Annual administration report of the Civil Veterinary Department of India - 1894-1895
Year: 1894
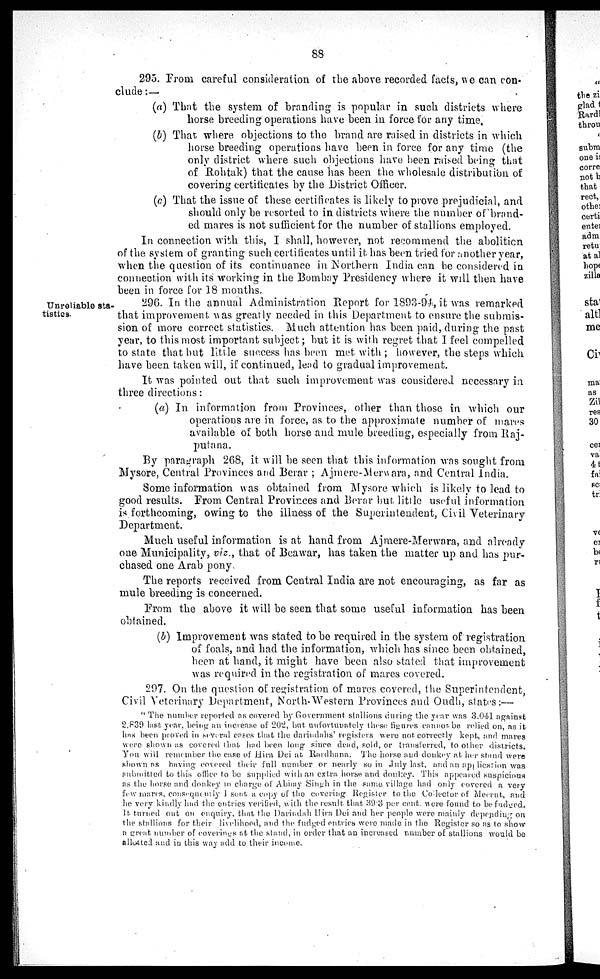
88
295. From careful consideration of the above recorded facts, we can con-
clude :—
(a) That the system of branding is popular in such districts where
horse breeding operations have been in force for any time.
(b) That where objections to the brand are raised in districts in which
horse breeding operations have been in force for any time (the
only district where such objections have been raised being that
of Rohtak) that the cause has been the wholesale distribution of
covering certificates by the District Officer.
(c) That the issue of these certificates is likely to prove prejudicial, and
should only be resorted to in districts where the number of brand-
ed mares is not sufficient for the number of stallions employed.
In connection with this, I shall, however, not recommend the abolition
of the system of granting such certificates until it has been tried for another year,
when the question of its continuance in Northern India can be considered in
connection with its working in the Bombay Presidency where it will then have
been in force for 18 months.
Unreliable sta-
tistics.
296. In the annual Administration Report for 1893-94, it was remarked
that improvement was greatly needed in this Department to ensure the submis-
sion of more correct statistics. Much attention has been paid, during the past
year, to this most important subject; but it is with regret that I feel compelled
to state that but little success has been met with ; however, the steps which
have been taken will, if continued, lead to gradual improvement.
It was pointed out that such improvement was considered necessary in
three directions:
(a) In information from Provinces, other than those in which our
operations are in force, as to the approximate number of mares
available of both horse and mule breeding, especially from Raj-
putana.
By paragraph 268, it will be seen that this information was sought from
Mysore, Central Provinces and Berar ; Ajmere-Merwara, and Central India.
Some information was obtained from Mysore which is likely to lead to
good results. From Central Provinces and Berar but little useful information
is forthcoming, owing to the illness of the Superintendent, Civil Veterinary
Department.
Much useful information is at hand from Ajmere-Merwara, and already
one Municipality, viz., that of Beawar, has taken the matter up and has pur-
chased one Arab pony
The reports received from Central India are not encouraging, as far as
mule breeding is concerned.
From the above it will be seen that some useful information has been
obtained.
(b) Improvement was stated to be required in the system of registration
of foals, and had the information, which has since been obtained,
been at hand, it might have been also stated that improvement
was required in the registration of mares covered.
297. On the question of registration of mares covered, the Superintendent,
Civil Veterinary Department, North-Western Provinces and Oudh, states:—
" The number reported as covered by Government stallions during the year was 3.041 against
2,839 last year, being an increase of 202, but unfortunately these figures cannot be relied on, as it
has been proved in several cases that the darindahs' registers were not correctly kept, and mares
were shown as covered that had been long since dead, sold, or transferred, to other districts.
You will remember the case of Hira Dei at Rardhana. The horse and donkey at her stand were
shown as having covered their full number or nearly so in July last, and an application was
submitted to this office to be supplied with an extra horse and donkey. This appeared suspicious
as the horse and donkey in charge of Abhay Singh in the same village had only covered a very
few mares, consequently I sent a copy of the covering Register to the Collector of Meerut, and
he very kindly had the entries verified, with the result that 39.3 per cent. were found to be fudged.
It turned out on enquiry, that the Darindah Hira Dei and her people were mainly depending on
the stallions for their livelihood, and the fudged entries were made in the Register so as to show
a great number of coverings at the stand, in order that an increased number of stallions would be
allotted and in this way add to their income.